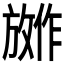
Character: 𪯕